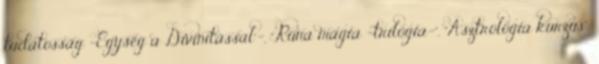
tudatosság -Egység a Divinitással"-, "Rúna mágia -trilógia-", "Asztrológia kurzus",